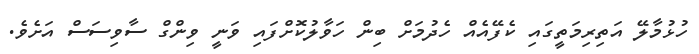
ހުޅުމާލޭ އަތިރިމަތީގައި ކެފޭއެއް ހެދުމަށް ބިން ހަވާލުކޮށްފައި ވަނީ ވިންގް ސާވިސަސް އަށެވެ.